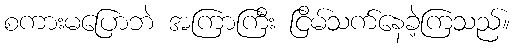
စကားမပြောဘဲ အကြာကြီး ငြိမ်သက်နေခဲ့ကြသည်။